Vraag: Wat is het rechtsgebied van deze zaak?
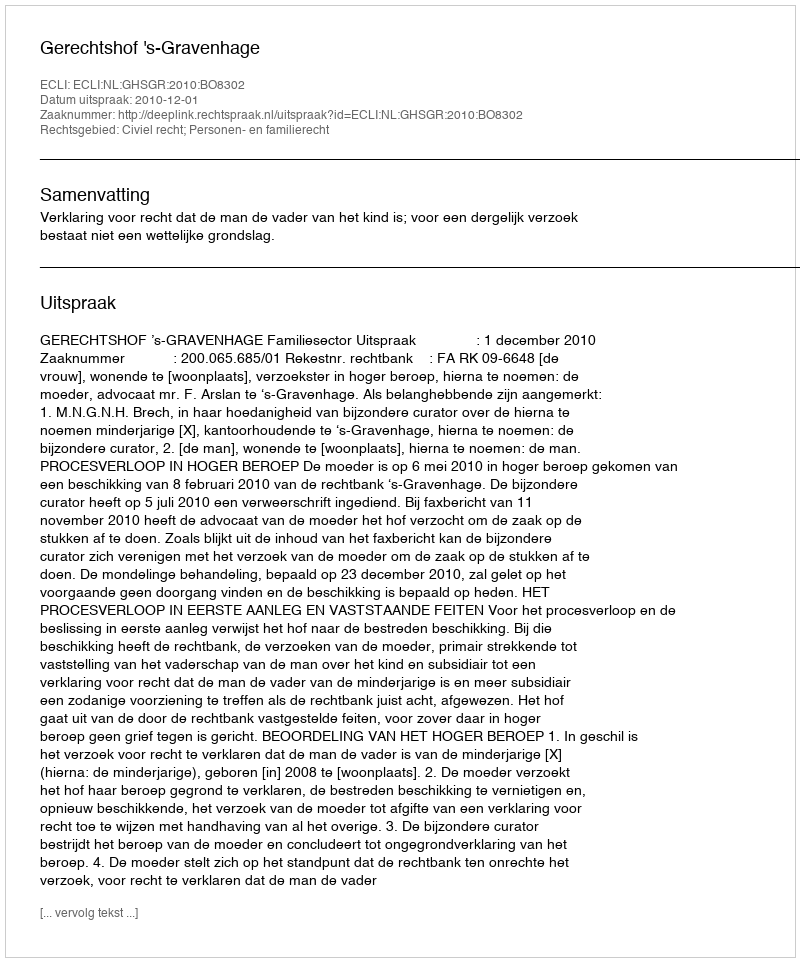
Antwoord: Civiel recht; Personen- en familierecht